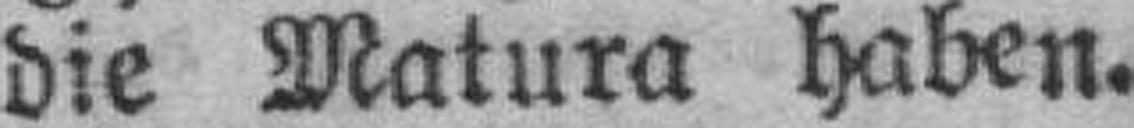
die Matura haben.